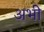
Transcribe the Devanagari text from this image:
अभीे